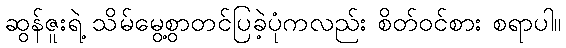
ဆွန်ဇူးရဲ့ သိမ်မွေ့စွာတင်ပြခဲ့ပုံကလည်း စိတ်ဝင်စား စရာပါ။